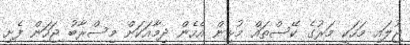
ޖުލައި މަހަކީ މަރުގެ ކޭސްތައް މުޅިން އެހެން ދިމާއަކަށް މިސްރާބު ޖަހަން ފެށި